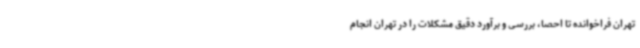
تهران فراخوانده تا احصا، بررسی و برآورد دقیق مشکلات را در تهران انجام